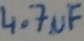
Text: 4.7µF